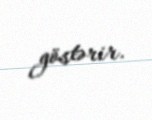
göstərir.